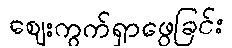
ဈေးကွက်ရှာဖွေခြင်း